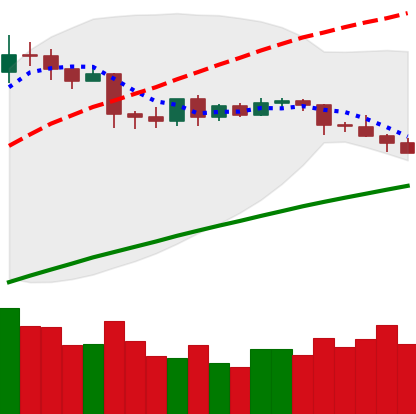
Ticker: LTC-USD
Chart end date: 2019-04-25
Forward return: 4.257%
Label: up_3_5